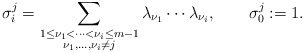
\begin{align*}\sigma_{i}^{j} = \sum_{\substack{1\leq \nu_1 < \cdots < \nu_i \leq m-1 \\ \nu_1, \dots, \nu_i \neq j}} \lambda_{\nu_1}\cdots \lambda_{\nu_i}, \qquad\sigma_0^{j} := 1.\end{align*}